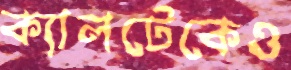
ক্যালটেকেও